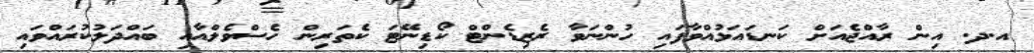
އ.ދ. އިން ރާއްޖެއަށް ކަނޑައަޅުއްވާފައި ހުންނަވާ ރެޒިޑެންޓް ކޯޑިނޭޓަ ކެތަރިން ހެސްވެލްއާއި ބައްދަލުކުރައްވައި